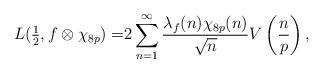
LaTeX: \begin{align*} L(\tfrac{1}{2}, f \otimes \chi_{8p}) = & 2\sum^{\infty}_{\substack{n=1}} \frac{\lambda_f(n)\chi_{8p}(n)}{\sqrt{n}} V\left(\frac{ n}{p} \right),\end{align*}